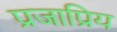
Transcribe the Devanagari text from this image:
प्रजाप्रिय